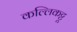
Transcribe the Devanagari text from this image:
कल्लिकट्टू